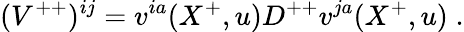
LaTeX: ({V}^{++})^{ij}=v^{ia}(X^{+},u)D^{++}v^{ja}(X^{+},u)\; .